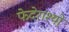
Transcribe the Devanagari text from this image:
फेदेराश्यों